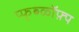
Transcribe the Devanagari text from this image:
प्फ़़्ब्ळॉफ़्प